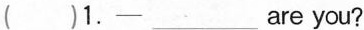
( )1. —___ are you?